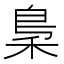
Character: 𱶉